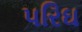
પરિઘ